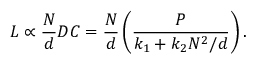
L \propto \frac { N } { d } D C = \frac { N } { d } \left( \frac { P } { k _ { 1 } + k _ { 2 } N ^ { 2 } / d } \right) .